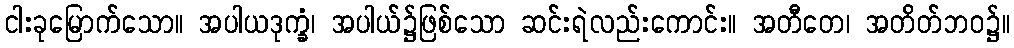
ငါးခုမြောက်သော။ အပါယဒုက္ခံ၊ အပါယ်၌ဖြစ်သော ဆင်းရဲလည်းကောင်း။ အတီတေ၊ အတိတ်ဘဝ၌။